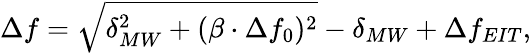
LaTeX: \Delta f=\sqrt{\delta_{MW}^{2}+(\beta\cdot\Delta f_{0})^{2}}-\delta_{MW}+\Delta f_{EIT},